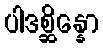
ပါဒစ္ဆိန္နော